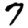
Digit: 7